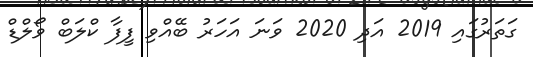
ގަތަރުގައި 2019 އަދި 2020 ވަނަ އަހަރު ބޭއްވި ފީފާ ކްލަބް ވޯލްޑް